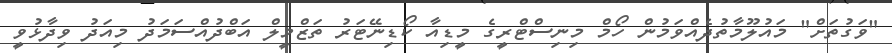
"ވަގުތަށް" މައުލޫމާތުދެއްވަމުން ހޯމް މިނިސްޓްރީގެ މީޑިއާ ކޯޑިނޭޓަރު ތަޒްމީލް އަބްދުއްސަމަދު މިއަދު ވިދާޅުވީ